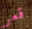
قعر